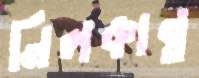
নিলকান্ত